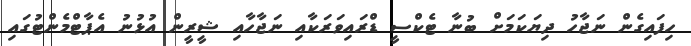
ހިފައިގެން ނަޖާހު ދިޔަކަމަށް ބުނާ ޓެކްސީ ޑްރައިވަރަކާއި ނަޖާހާއި ޝީރީން އުޅުނު އެޕާޓްމެންޓުގައި